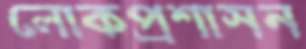
লোকপ্রশাসন